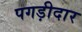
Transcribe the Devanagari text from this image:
पगड़ीदार